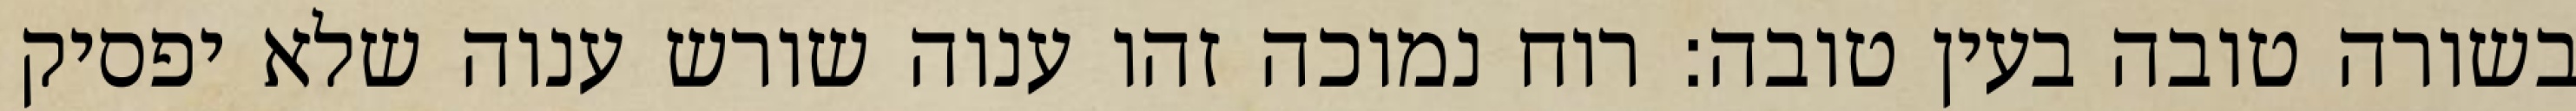
בשורה טובה בעין טובה: רוח נמוכה זהו ענוה שורש ענוה שלא יפסיק